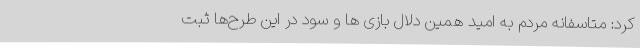
کرد: متاسفانه مردم به امید همین دلال بازی ها و سود در این طرح‌ها ثبت